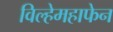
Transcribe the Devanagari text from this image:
विल्हेमहाफेन